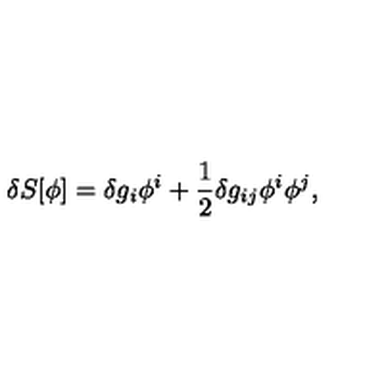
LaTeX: \delta S [ \phi ] = \delta g _ { i } \phi ^ { i } + \frac { 1 } { 2 } \delta g _ { i j } \phi ^ { i } \phi ^ { j } ,